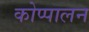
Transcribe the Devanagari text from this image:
कोप्पालन